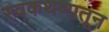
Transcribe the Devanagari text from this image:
स्वकथणातून